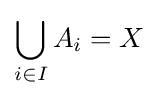
\bigcup _{i\in I}A_{i}=X